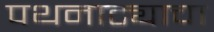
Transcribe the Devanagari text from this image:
पथनाट्याचा